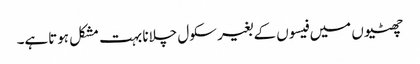
چھٹیوں میں فیسوں کے بغیر سکول چلانا بہت مشکل ہوتاہے۔